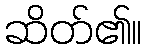
ဆိတ်၏။